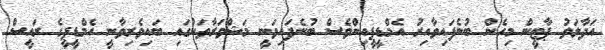
އަދާލަތު ޕާޓީން މިހެން ބުނެފައިވާއިރު އެމްޑީޕީއިންވެސް ބުނެފައިވަނީ މަޝްވަރާތަކުގައި ބައިވެރިވާނީ އެމްޑީޕީގެ ރައީސް